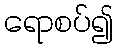
ရောစပ်၍